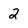
Character: 2